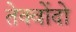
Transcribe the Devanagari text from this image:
तेक्वोंदो